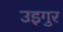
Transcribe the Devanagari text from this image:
उइगुर